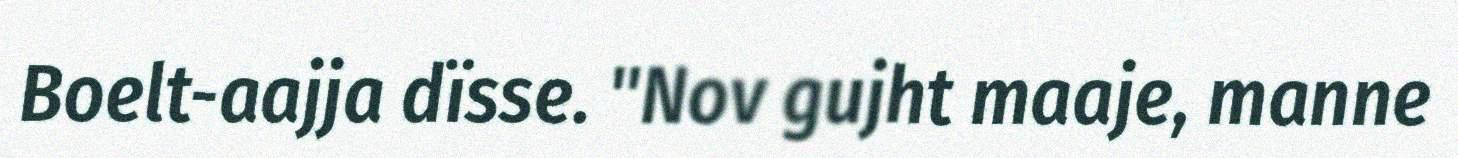
Boelt-aajja dïsse. "Nov gujht maaje, manne